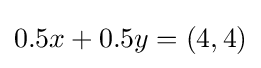
0.5x+0.5y=(4,4)